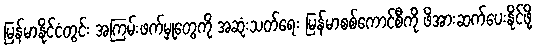
မြန်မာနိုင်ငံတွင်း အကြမ်းဖက်မှုတွေကို အဆုံးသတ်ရေး မြန်မာစစ်ကောင်စီကို ဖိအားဆက်ပေးနိုင်ဖို့